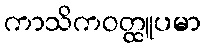
ကာသိကဝတ္ထူပမာ